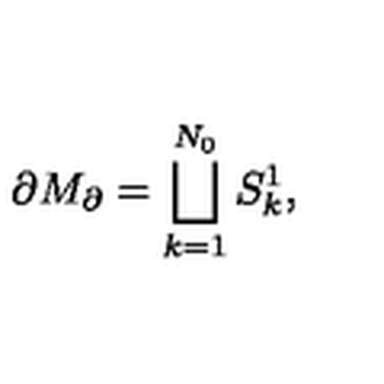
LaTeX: \partial M _ { \partial } = \bigsqcup _ { k = 1 } ^ { N _ { 0 } } S _ { k } ^ { 1 } ,